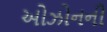
ઓઝોનની